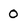
Character: 0